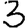
Digit: 3